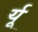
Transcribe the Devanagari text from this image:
र्यू